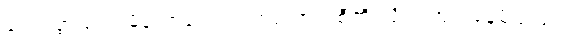
ကျော်စွာသည် မိန်းကလေး တစ်ယောက်စီကို လိုက်ကြည့်နေမိသည်။